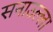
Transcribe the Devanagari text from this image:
सनाउल्ला